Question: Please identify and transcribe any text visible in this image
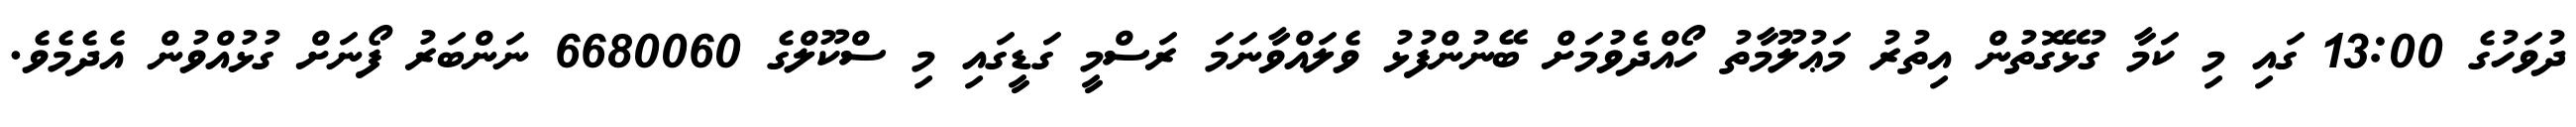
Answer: ދުވަހުގެ 13:00 ގައި މި ކަމާ ގުޅޭގޮތުން އިތުރު މަޢުލޫމާތު ހޯއްދެވުމަށް ބޭނުންފުޅު ވެލައްވާނަމަ ރަސްމީ ގަޑީގައި މި ސްކޫލްގެ 6680060 ނަންބަރު ފޯނަށް ގުޅުއްވުން އެދެމެވެ.